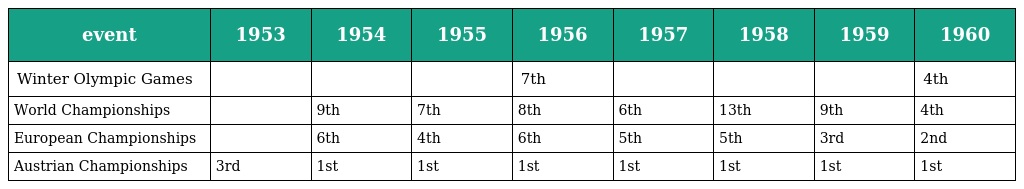
| event | 1953 | 1954 | 1955 | 1956 | 1957 | 1958 | 1959 | 1960 |
 | --- | --- | --- | --- | --- | --- | --- | --- | --- |
 | Winter Olympic Games |  |  |  | 7th |  |  |  | 4th |
 | World Championships |  | 9th | 7th | 8th | 6th | 13th | 9th | 4th |
 | European Championships |  | 6th | 4th | 6th | 5th | 5th | 3rd | 2nd |
 | Austrian Championships | 3rd | 1st | 1st | 1st | 1st | 1st | 1st | 1st |